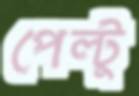
পেল্টু